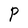
Character: P